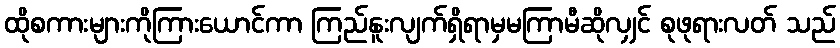
ထိုစကားများကိုကြားယောင်ကာ ကြည်နူးလျက်ရှိရာမှမကြာမီဆိုလျှင် စုဖုရားလတ် သည်